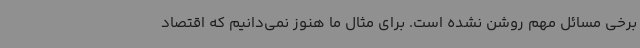
برخی مسائل مهم روشن نشده است. برای مثال ما هنوز نمی‌دانیم که اقتصاد